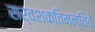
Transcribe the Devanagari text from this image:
सर्वशक्तिमन्विते